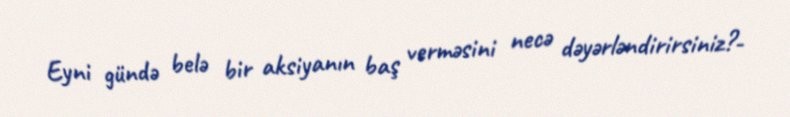
Eyni gündə belə bir aksiyanın baş verməsini necə dəyərləndirirsiniz?-